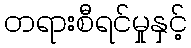
တရားစီရင်မှုနှင့်